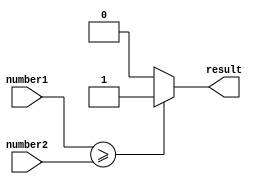
module greater_than_or_equal_to_comparator (
    input [7:0] number1,
    input [7:0] number2,
    output reg result
);

    always @* begin
        if (number1 >= number2) begin
            result = 1;
        end else begin
            result = 0;
        end
    end

endmodule